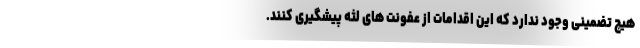
هیچ تضمینی وجود ندارد که این اقدامات از عفونت های لثه پیشگیری کنند.